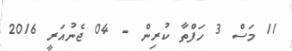
11 މަސް 3 ހަފްތާ ކުރިން - 04 ޖެނުއަރީ 2016